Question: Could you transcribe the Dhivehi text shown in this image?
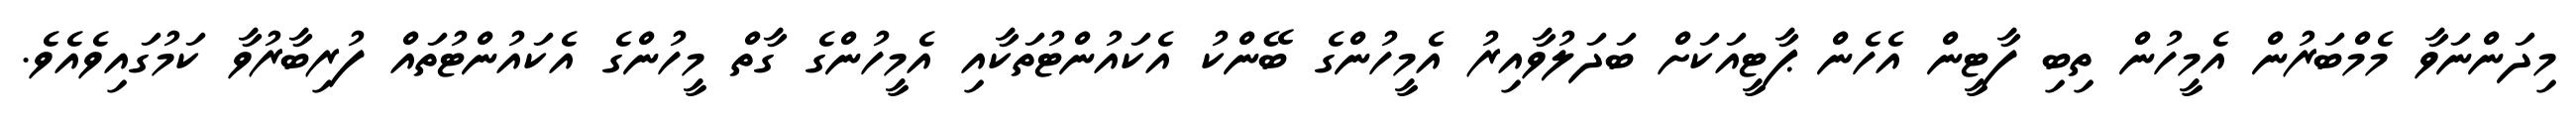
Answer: މިދަންނަވާ މެމްބަރުން އެމީހުން ތިބި ފާޓީން އެހެން ޕާޓީއަކަށް ބަދަލުވާއިރު އެމީހުންގެ ބޭންކު އެކައުންޓުތަކާއި އެމީހުންގެ ގާތް މީހުންގެ އެކައުންޓުތައް ފުރިބާރުވާ ކަމުގައިވެއެވެ.